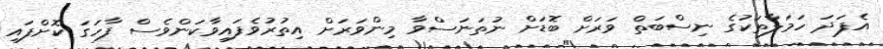
އެފަދަ ހަމަލާތަކުގެ ނިސްބަތް ވަރަށް ބޮޑަށް ނުތަނަސްވާ މިންވަރަށް އިތުރުވެފައިވާކަންވެސް ފާހަގަ ކޮށްފައި